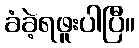
ခံခဲ့ရဖူးပါပြီ။